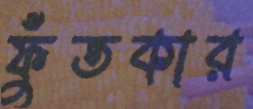
ফুঁতকার